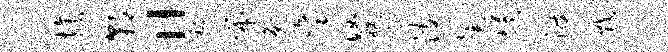
族朝“禄布勉秉涵祝砌波崇埃渡戮